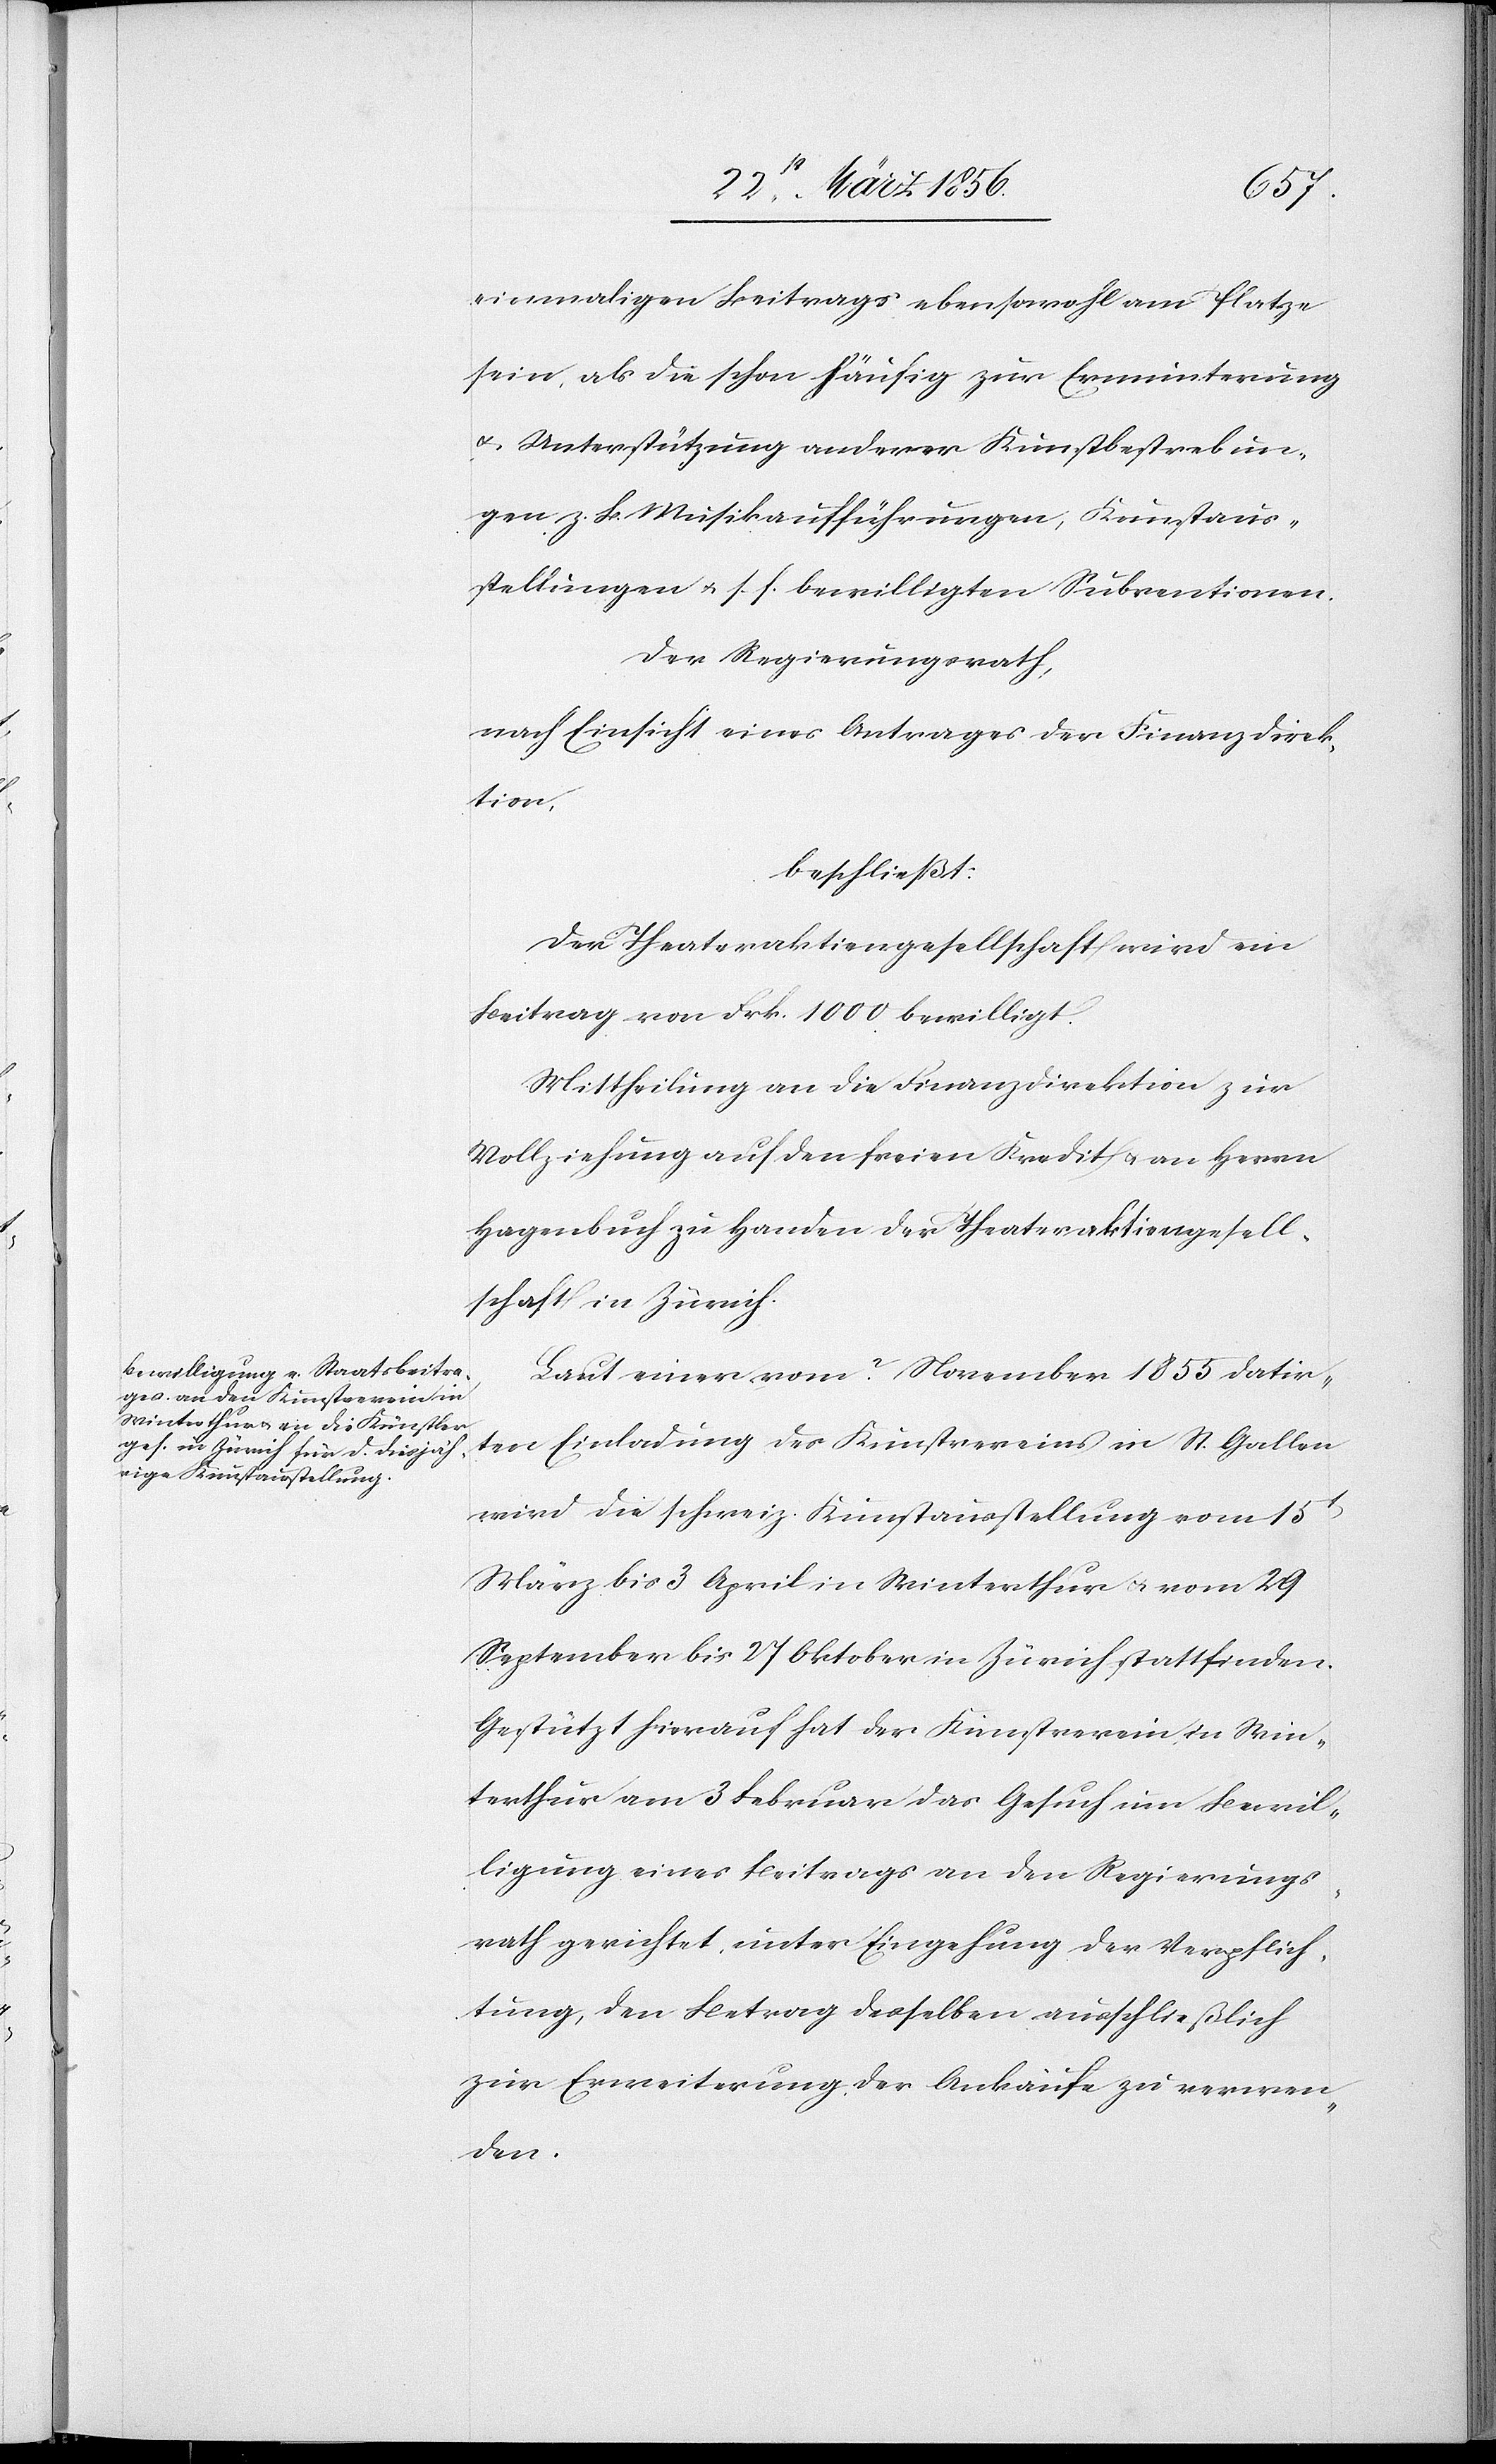
einmaligen Beitrags eben sowohl am Platze
sein, als die schon häufig zur Ermunterung
u. Unterstützung anderer Kunstbestrebun¬
gen z. B. Musikaufführungen, Kunstaus¬
stellungen u. s. f. bewilligten Subventionen.
Der Regierungsrath,
nach Einsicht eines Antrages der Finanzdirek¬
tion,
beschließt:
Der Theateraktiengesellschaft wird ein
Beitrag von Frk. 1000 bewilligt.
Mittheilung an die Finanzdirektion zur
Vollziehung auf den freien Kredit u. an Herrn
Hagenbuch zu Handen der Theateraktiengesell¬
schaft in Zürich.
Laut einer vom ? [sic!] November 1855 datir¬
ten Einladung des Kunstvereins in St. Gallen
wird die schweiz. Kunstausstellung vom 15t
März bis 3 April in Winterthur u. vom 29
September bis 27 Oktober in Zürich stattfinden.
Gestützt hierauf hat der Kunstverein in Win¬
terthur am 3 Februar das Gesuch um Bewil¬
ligung eines Beitrags an den Regierungs¬
rath gerichtet, unter Eingehung der Verpflich¬
tung, den Betrag desselben ausschließlich
zur Erweiterung der Ankäufe zu verwen¬
den.